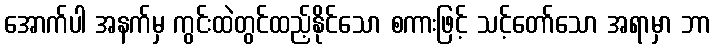
အောက်ပါ အနက်မှ ကွင်းထဲတွင်ထည့်နိုင်သော စကားဖြင့် သင့်တော်သော အရာမှာ ဘာ